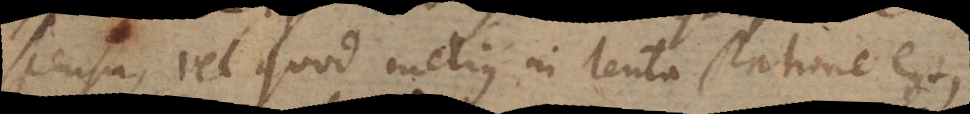
scensu, vel quod melius in lenta statione est,